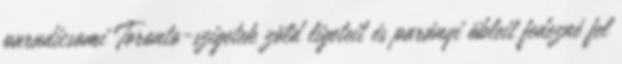
paradicsomi Toronto-szigetek zöld ligeteit és parányi öbleit fedezné fel